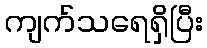
ကျက်သရေရှိပြီး